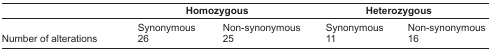
|  | <COLSPAN=2> Homozygous | <COLSPAN=2> Heterozygous |
 | --- | --- | --- | --- | --- |
 |  | Synonymous | Non-synonymous | Synonymous | Non-synonymous |
 | Number of alterations | 26 | 25 | 11 | 16 |